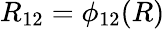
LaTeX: R_{12}=\phi_{12}(R)